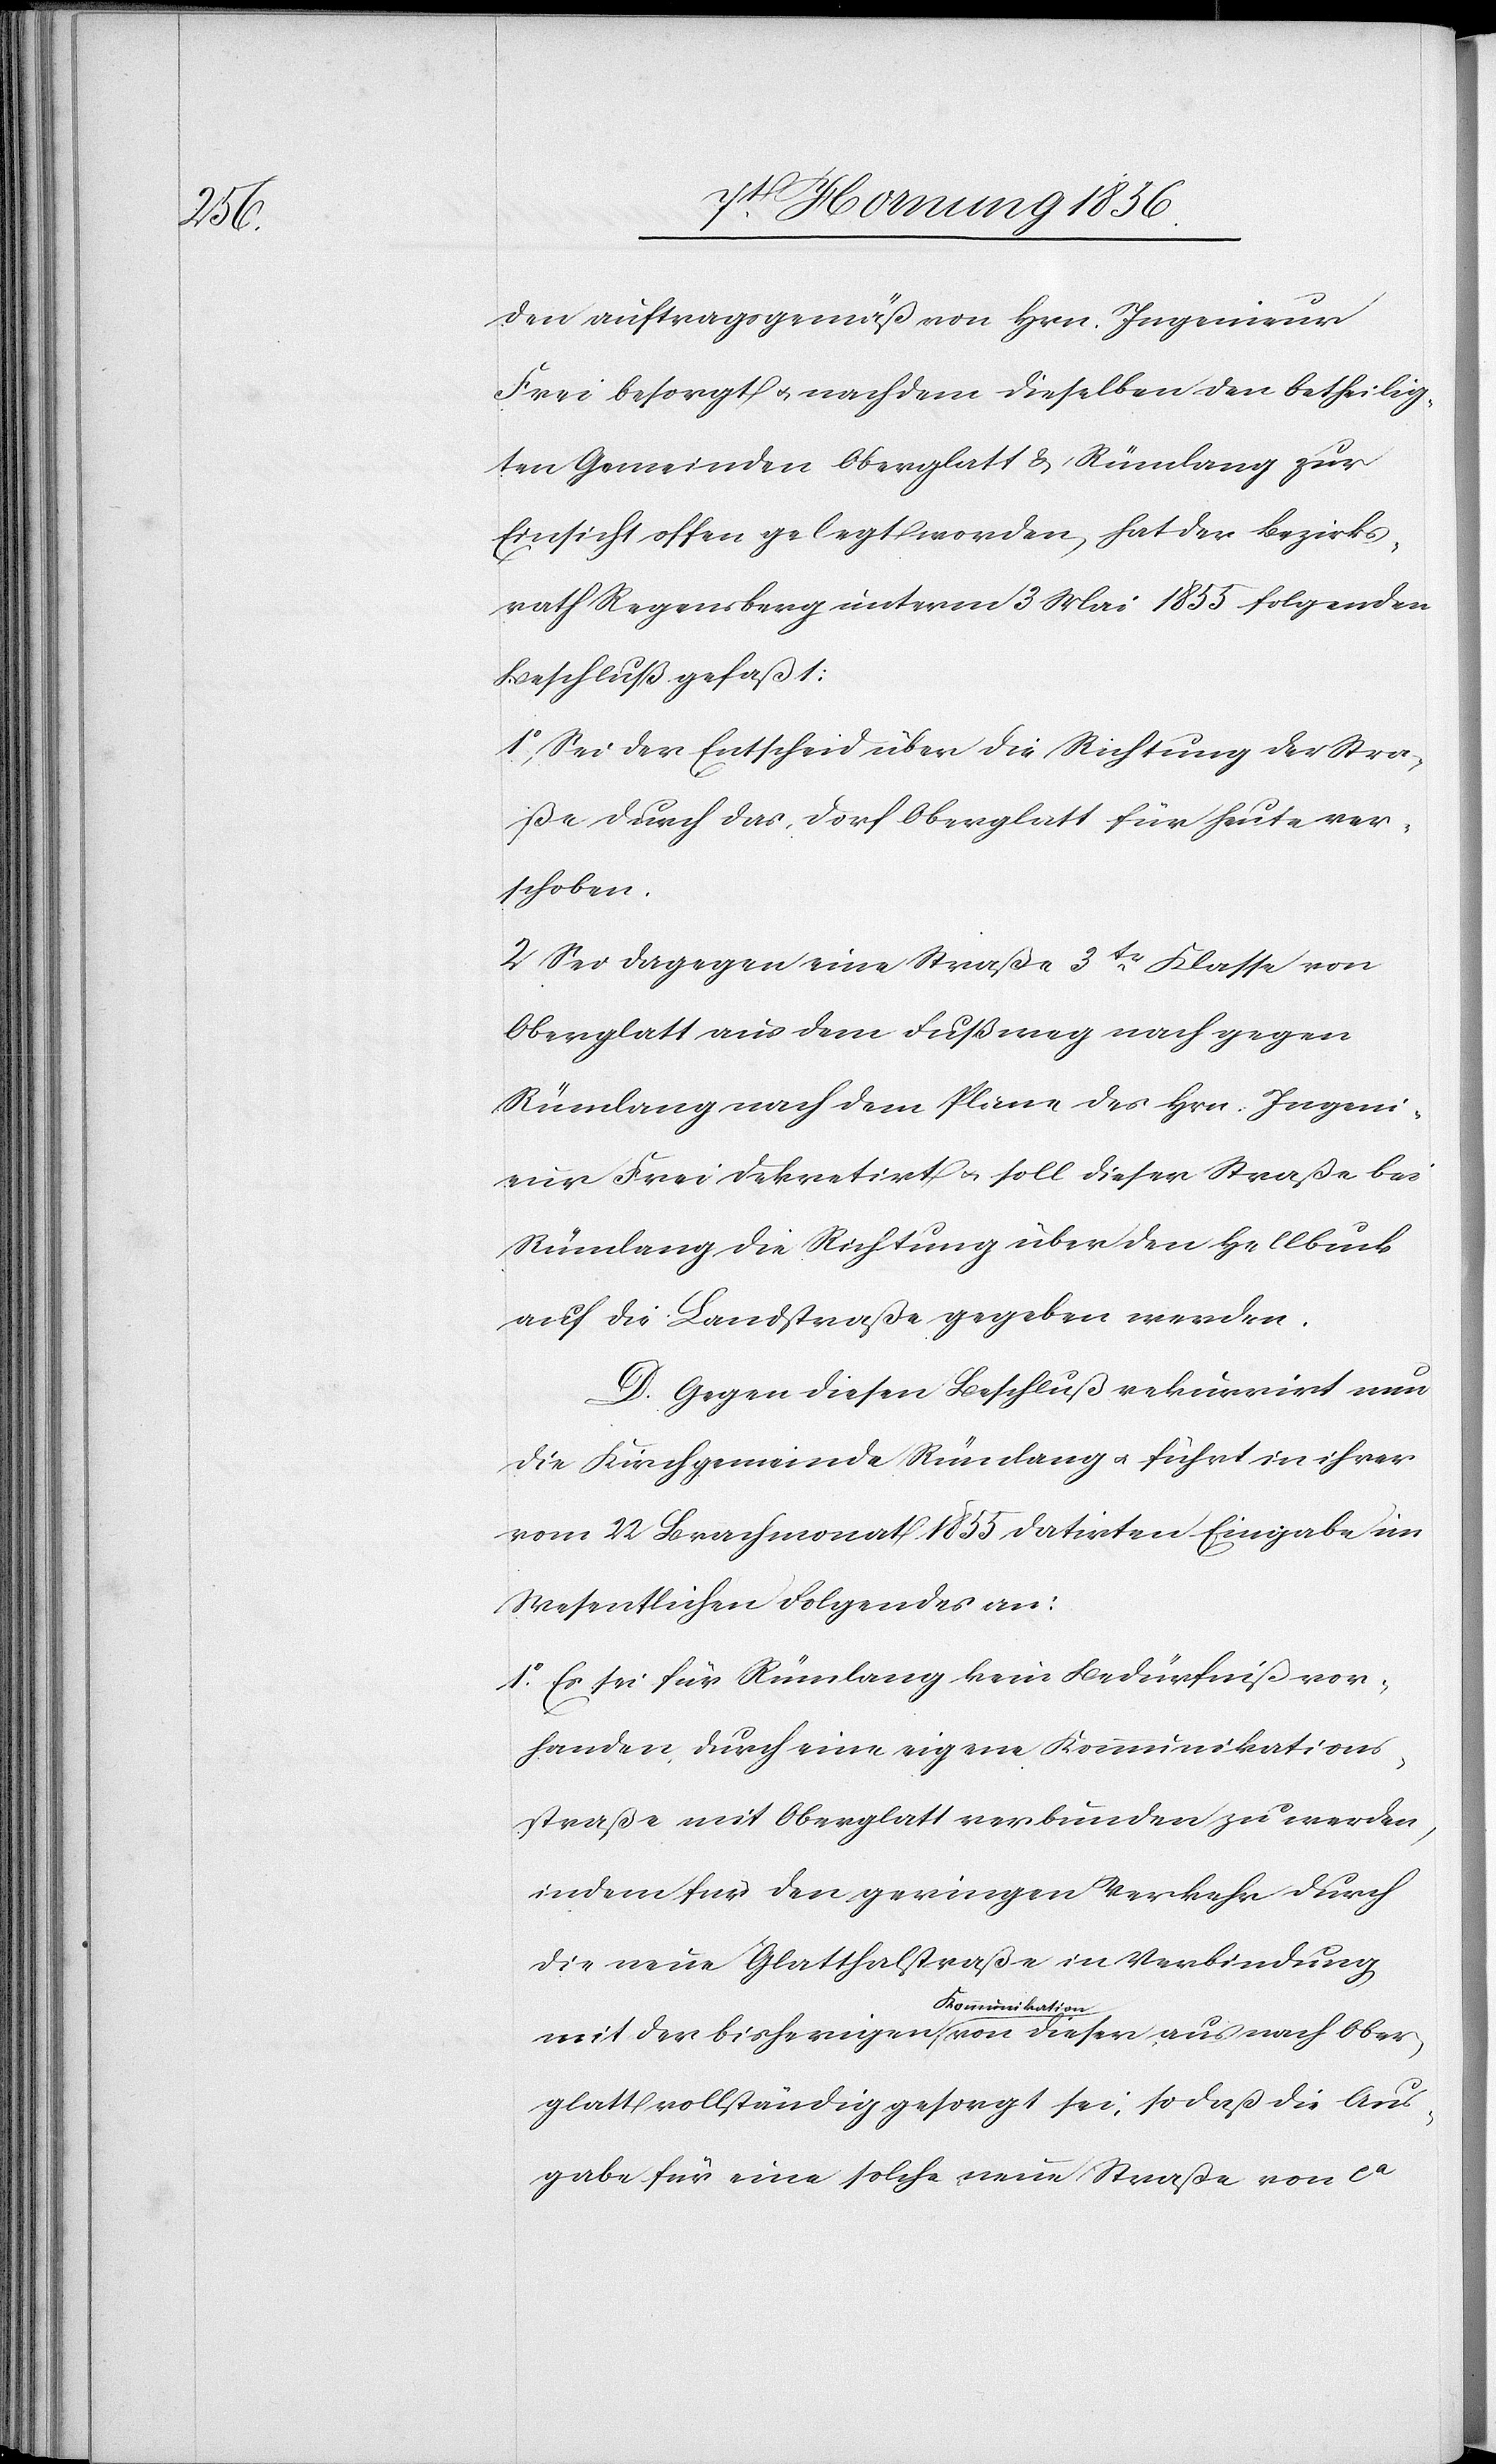
Ober¬

den auftragsgemäß von Hrn. Ingenieur
Frei besorgt u. nachdem dieselben den betheilig¬
ten Gemeinden Oberglatt & Rümlang zur
Einsicht offen gelegt worden, hat der Bezirks¬
rath Regensberg unterm 3 Mai 1855 folgenden
Beschluß gefaßt:
1o, Sei der Entscheid über die Richtung der Stra¬
ße durch das Dorf Oberglatt für heute ver¬
schoben.
2 Sei dagegen eine Straße 3tr Klasse von
Oberglatt aus dem Fußweg nach gegen
Rümlang nach dem Plane des Hrn. Ingeni¬
eur Frei dekretirt u. soll dieser Straße bei
Rümlang die Richtung über den Hellbuck
auf die Landstraße gegeben werden.
D. Gegen diesen Beschluß rekurrirt nun
die Kirchgemeinde Rümlang u. führt in ihrer
vom 22 Brachmonat 1855 datirten Eingabe im
Wesentlichen Folgendes an:
1o. Es sei für Rümlang kein Bedürfniß vor¬
handen, durch eine eigene Kommunikations¬
straße mit Oberglatt verbunden zu werden,
indem für den geringen Verkehr durch
die neue Glatthalstraße in Verbindung
a-Kommunikation-a
glatt vollständig gesorgt sei, so daß die Aus¬
gabe für eine solche neue Straße von ca